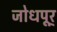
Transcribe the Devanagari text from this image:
जोधपूर्